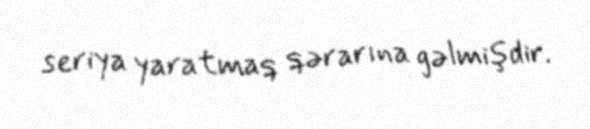
seriya yaratmaq qərarına gəlmişdir.